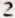
2